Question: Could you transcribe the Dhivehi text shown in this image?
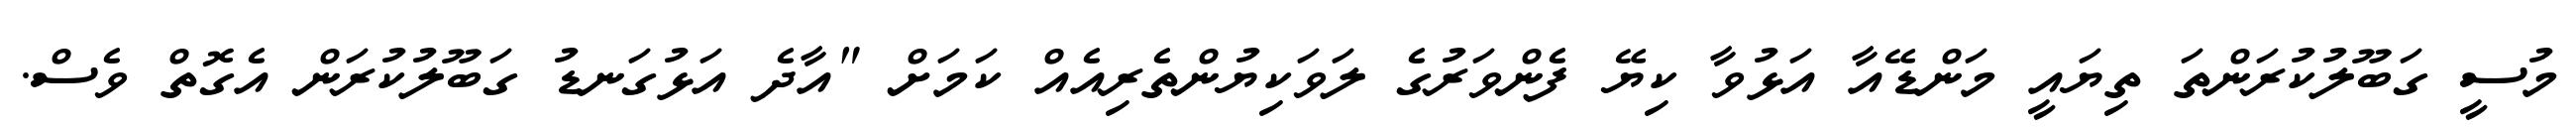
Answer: މުސީ ގަބޫލުކުރަންތަ ތިޔައީ މަންޑޭއާ އަޅުވާ ކިޔޭ ފެންވަރުގެ ލަވަކިޔުންތެރިއެއް ކަމަށް "އާދެ އަޅުގަނޑު ގަބޫލުކުރަން އެގޮތް ވެސް.